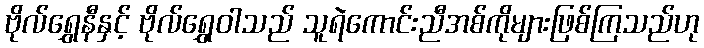
ဗိုလ်ရွှေနီနှင့် ဗိုလ်ရွှေဝါသည် သူရဲကောင်းညီအစ်ကိုများဖြစ်ကြသည်ဟု